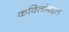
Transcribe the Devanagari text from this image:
कवितांबद्दल